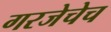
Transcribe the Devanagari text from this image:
गरजेचेच